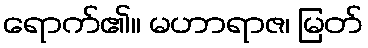
ရောက်၏။ မဟာရာဇ၊ မြတ်